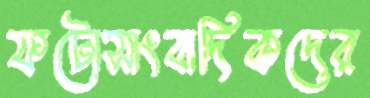
ফটোসাংবাদিকদের